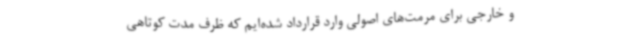
و خارجی برای مرمت‌های اصولی وارد قرارداد شده‌ایم که ظرف مدت کوتاهی